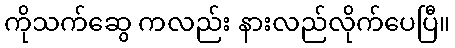
ကိုသက်ဆွေ ကလည်း နားလည်လိုက်ပေပြီ။